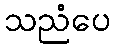
သညံပေ